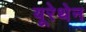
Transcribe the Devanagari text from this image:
यूरेथेन